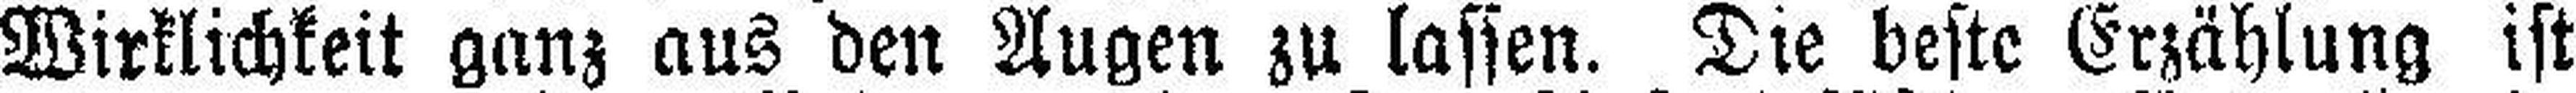
Wirklichkeit ganz aus den Augen zu lassen. Die beste Erzählung ist